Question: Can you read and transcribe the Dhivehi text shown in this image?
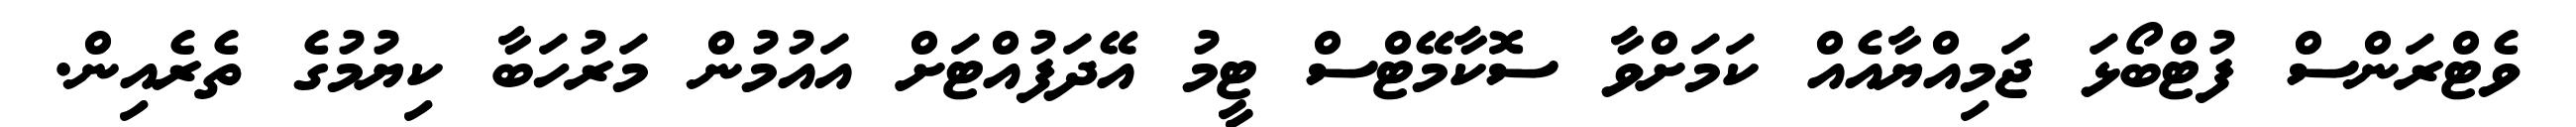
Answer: ވެޓްރަންސް ފުޓްބޯޅަ ޖަމިއްޔާއެއް ކަމަށްވާ ސޮކާމޭޓްސް ޓީމު އޭދަފުއްޓަށް އައުމުން މަރުހަބާ ކިޔުމުގެ ތެރެއިން.